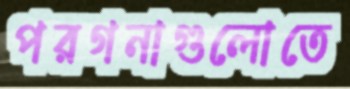
পরগনাগুলোতে